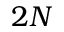
2 N